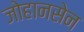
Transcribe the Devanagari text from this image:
जोहानसेन